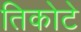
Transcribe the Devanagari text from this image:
तिकोटे